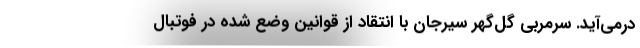
درمی‌آید. سرمربی گل‌گهر سیرجان با انتقاد از قوانین وضع شده در فوتبال